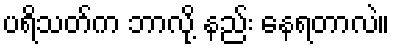
ပရိသတ်က ဘာလို့ နည်း နေရတာလဲ။